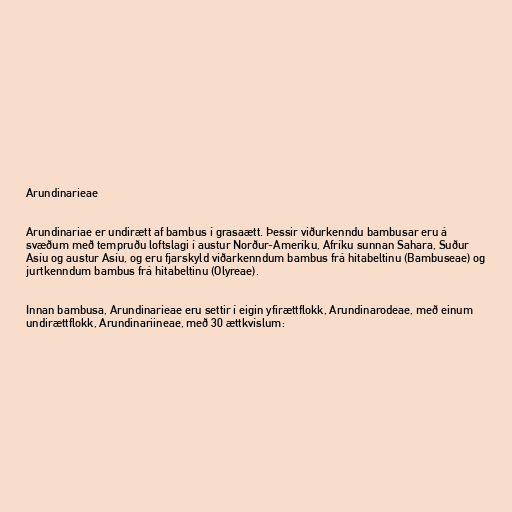
Arundinarieae

Arundinariae er undirætt af bambus í grasaætt. Þessir viðurkenndu bambusar eru á
svæðum með tempruðu loftslagi í austur Norður-Ameríku, Afríku sunnan Sahara, Suður
Asíu og austur Asíu, og eru fjarskyld viðarkenndum bambus frá hitabeltinu (Bambuseae) og
jurtkenndum bambus frá hitabeltinu (Olyreae).

Innan bambusa, Arundinarieae eru settir í eigin yfirættflokk, Arundinarodeae, með einum
undirættflokk, Arundinariineae, með 30 ættkvíslum: